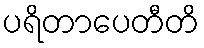
ပရိတာပေတီတိ